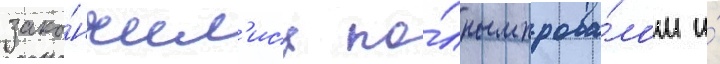
зако́нчил'ись по́лным прова́лом и́